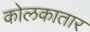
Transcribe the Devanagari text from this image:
कोलकातार